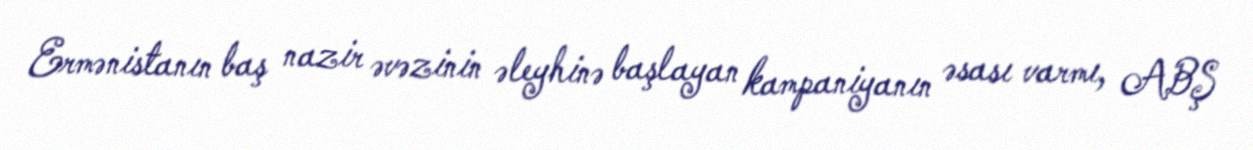
Ermənistanın baş nazir əvəzinin əleyhinə başlayan kampaniyanın əsası varmı, ABŞ